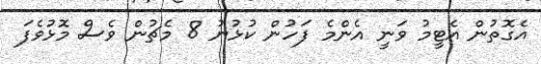
އެގޮތުން އެޓީމު ވަނީ އެންމެ ފަހުން ކުޅުނު 8 މެޗުން ވެސް މޮޅުވެފަ